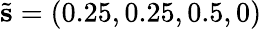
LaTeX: \tilde{\mathbf{s}}=(0.25,0.25,0.5,0)